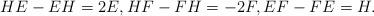
LaTeX: \begin{align*}HE-EH=2 E,HF-FH=-2F, EF-FE=H.\end{align*}